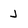
Character: J